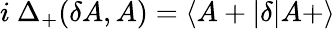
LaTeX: i\ \Delta_{+}(\delta A,A)=\langle A+\vert\delta\vert A+\rangle